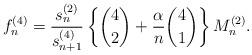
LaTeX: \begin{align*}f^{(4)}_n= \frac{s^{(2)}_n}{s^{(4)}_{n+1} }\left\{ \binom{4}{2}+\frac{\alpha}{n} \binom{4}{1}\right\}M^{(2)}_n.\end{align*}